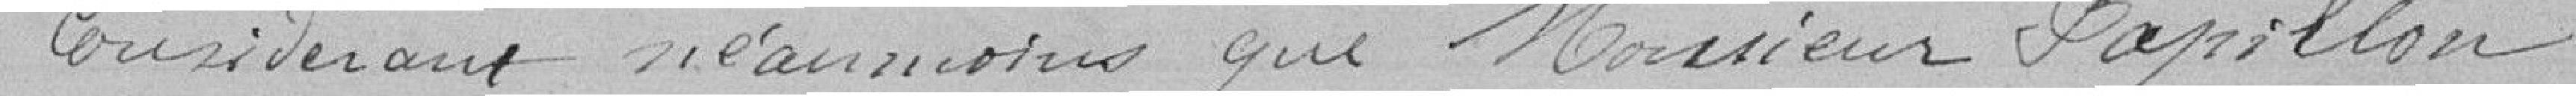
Considérant néanmoins que Monsieur Papillon